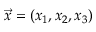
\vec { x } = ( x _ { 1 } , x _ { 2 } , x _ { 3 } )